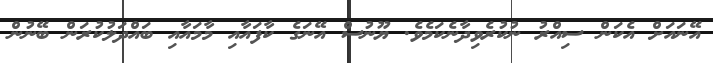
އޭނައަށް އެކަން ސިއްރު ނުކުރެވިދާނެކަމެވެ. ޔޫނުސް އޭނަގެ ކާފައާއި މާމައާއި ބައްދަލުކުރަން ބޭނުން